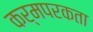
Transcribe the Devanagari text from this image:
कर्मपरकता